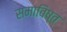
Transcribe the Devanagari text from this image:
समाविष्त